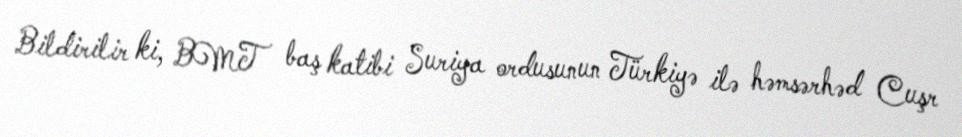
Bildirilir ki, BMT baş katibi Suriya ordusunun Türkiyə ilə həmsərhəd Cuşr